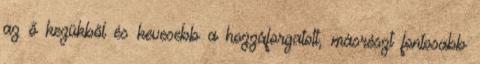
az ő kezükből és kevesebb a hozzáforgatott, másrészt fontosabb